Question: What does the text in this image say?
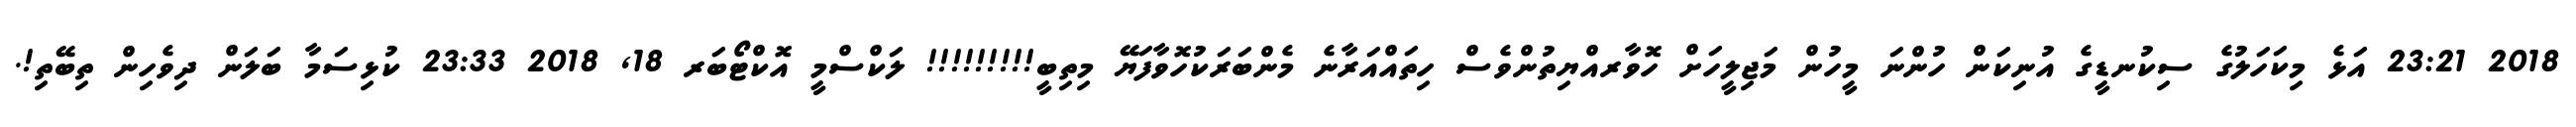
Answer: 2018 23:21 އަޅެ މިކަހަލުގެ ސިކުނޑީގެ އުނިކަން ހުންނަ މީހުން މަޖިލީހަށް ހޮވާރއްޔިތުންވެސް ހިތައްއަރާނެ މެންބަރަކުހޮވާފަޔޭ މިތިބީ!!!!!!!!! ލަކްސްމީ އޮކްޓޯބަރ 18, 2018 23:33 ކުޅިސަމާ ބަލަން ދިވެހިން ތިބޭތި!.